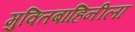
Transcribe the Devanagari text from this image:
मुक्तिबाहिनीला